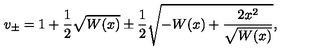
v _ { \pm } = 1 + \frac { 1 } { 2 } \sqrt { W ( x ) } \pm \frac { 1 } { 2 } \sqrt { - W ( x ) + \frac { 2 x ^ { 2 } } { \sqrt { W ( x ) } } } ,